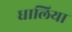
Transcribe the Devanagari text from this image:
धालिया